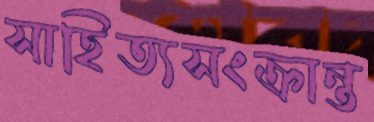
সাহিত্যসংক্রান্ত